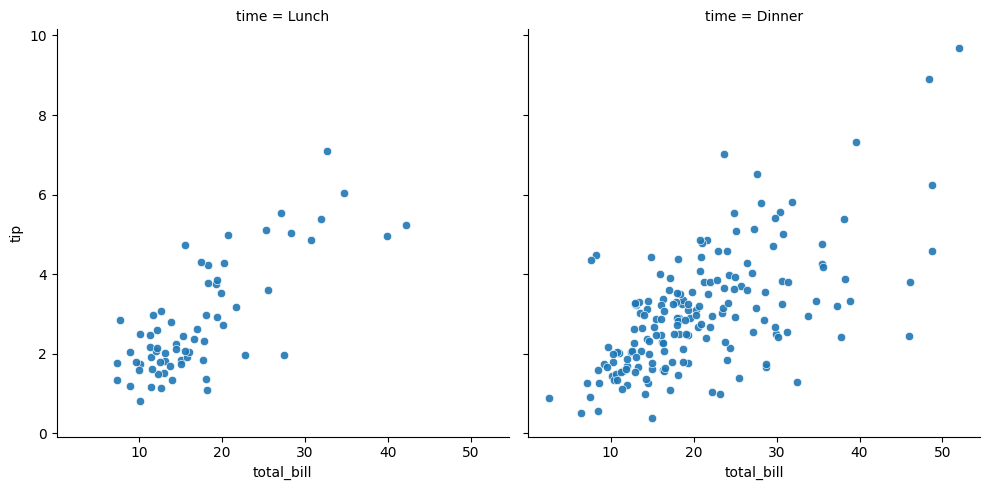
python, seaborn, relplot, alpha=0.9